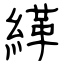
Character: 緙